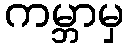
ကမ္ဘာမှ